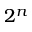
2 ^ { n }